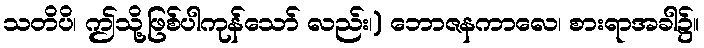
သတိပိ၊ ဤသို့ဖြစ်ပါကုန်သော် လည်း၊) ဘောဇနကာလေ၊ စားရာအခါ၌။